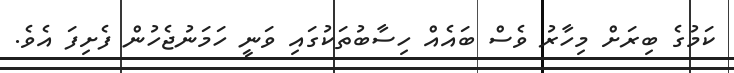
ކަމުގެ ބިރަށް މިހާރު ވެސް ބައެއް ހިސާބުތަކުގައި ވަނީ ހަމަނުޖެހުން ފެށިފަ އެވެ.